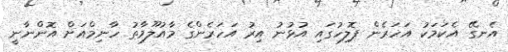
އެނގޭ އެކަމަކު އަހަރެން ޕޮލިހުގައި އުޅުނު އިރު އަހަރެންގެ މާއުލޫމާތު ހާނިމްއަށް އޮންނާނީ